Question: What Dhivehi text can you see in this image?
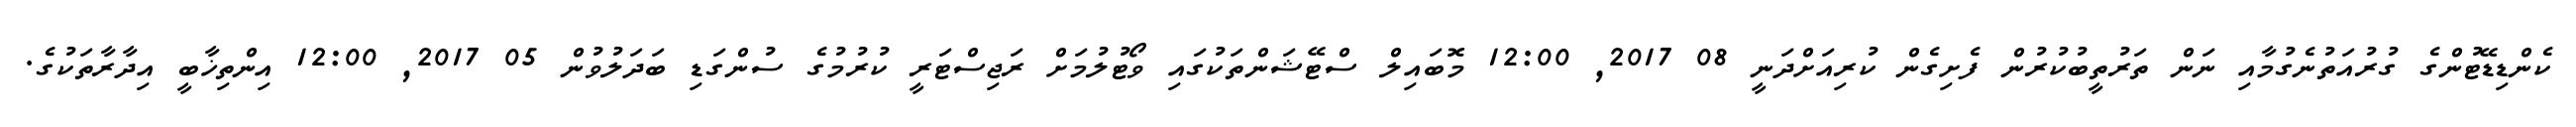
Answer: ކެންޑިޑޭޓުންގެ ގުރުއަތުނެގުމާއި ނަން ތަރުތީބުކުރުން ފެށިގެން ކުރިއަށްދަނީ 08 2017, 12:00 މޮބައިލް ސްޓޭޝަންތަކުގައި ވޯޓުލުމަށް ރަޖިސްޓަރީ ކުރުމުގެ ސުންގަޑި ބަދަލުވުން 05 2017, 12:00 އިންތިޚާބީ އިދާރާތަކުގެ.